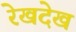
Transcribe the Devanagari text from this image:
रेखदेख